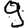
Digit: 9